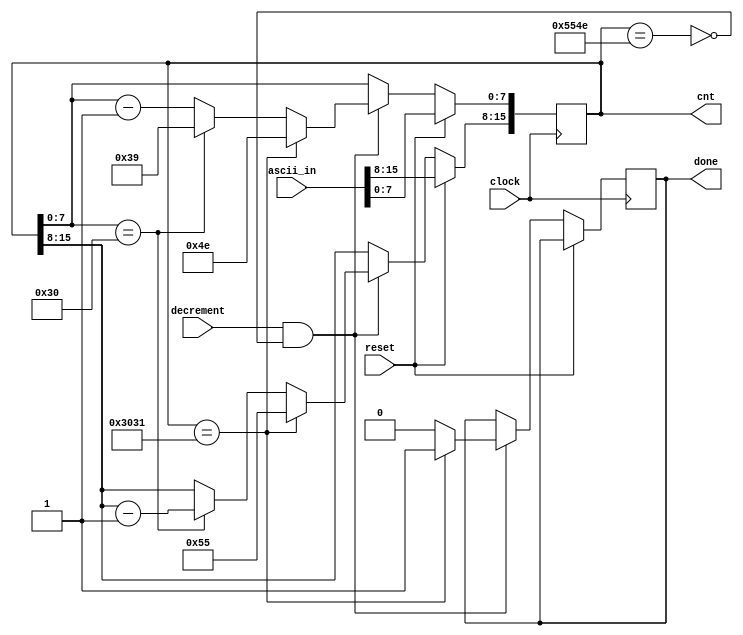
module counter(
    input      [15:0] ascii_in, // 2 digits of ascii
    output reg [15:0] cnt,
    input             decrement,
    output reg        done,
    input             reset,
    input             clock
);

    always @(posedge clock) begin
        if (reset) begin
            cnt <= ascii_in;
        end else begin
            if (decrement && !(cnt == "UN")) begin
                if (cnt == "01") begin
                    cnt     <= "UN";
                    done    <= 1;
                end else begin
                    if (cnt[7:0] == "0") begin
                        cnt[7:0]  <= "9";
                        cnt[15:8] <= cnt[15:8] - 1;
                    end else begin
                        cnt[7:0] <= cnt[7:0] - 1;
                    end
                    done <= 0;
                end
            end
        end
    end

endmodule